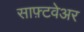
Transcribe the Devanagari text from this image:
साफ़्टवेअर